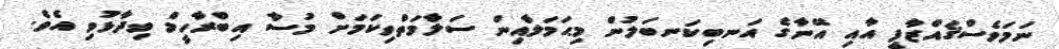
ނަމަވެސްޤައްޒާފީ އާއި އޭނާގެ އަނބިކަނބަލުން މިޙަމަލާއިން ސަލާމަތްވިކަމަށް މުސާ އިބްރާހީމް ވިދާޅުވި އެވެ.